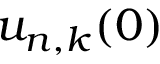
u _ { n , k } ( 0 )